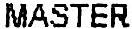
MASTER